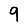
Digit: 9